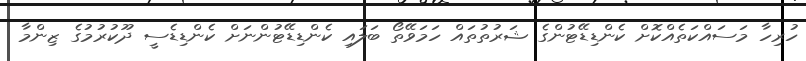
ހުރިހާ މަސައްކަތެއްކޮށް ކެންޑިޑޭޓުންގެ ޝަރުތުތައް ހަމަވޭތޯ ބަލައި ކެންޑިޑޭޓުންނަށް ކެންޑިޑެސީ ދޫކުރުމުގެ ޒިންމާ